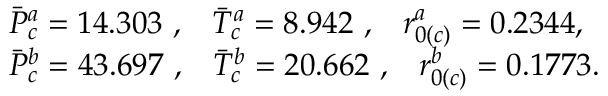
\begin{array} { r l } & { \Bar { P } _ { c } ^ { a } = 1 4 . 3 0 3 \, \, , \, \, \, \, \, \Bar { T } _ { c } ^ { a } = 8 . 9 4 2 \, \, , \, \, \, \, \, r _ { 0 ( c ) } ^ { a } = 0 . 2 3 4 4 , } \\ & { \Bar { P } _ { c } ^ { b } = 4 3 . 6 9 7 \, \, , \, \, \, \, \, \Bar { T } _ { c } ^ { b } = 2 0 . 6 6 2 \, \, , \, \, \, \, \, r _ { 0 ( c ) } ^ { b } = 0 . 1 7 7 3 . } \end{array}